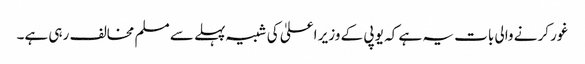
غور کرنے والی بات یہ ہے کہ یو پی کے وزیر اعلیٰ کی شبیہ پہلے سے مسلم مخالف رہی ہے۔